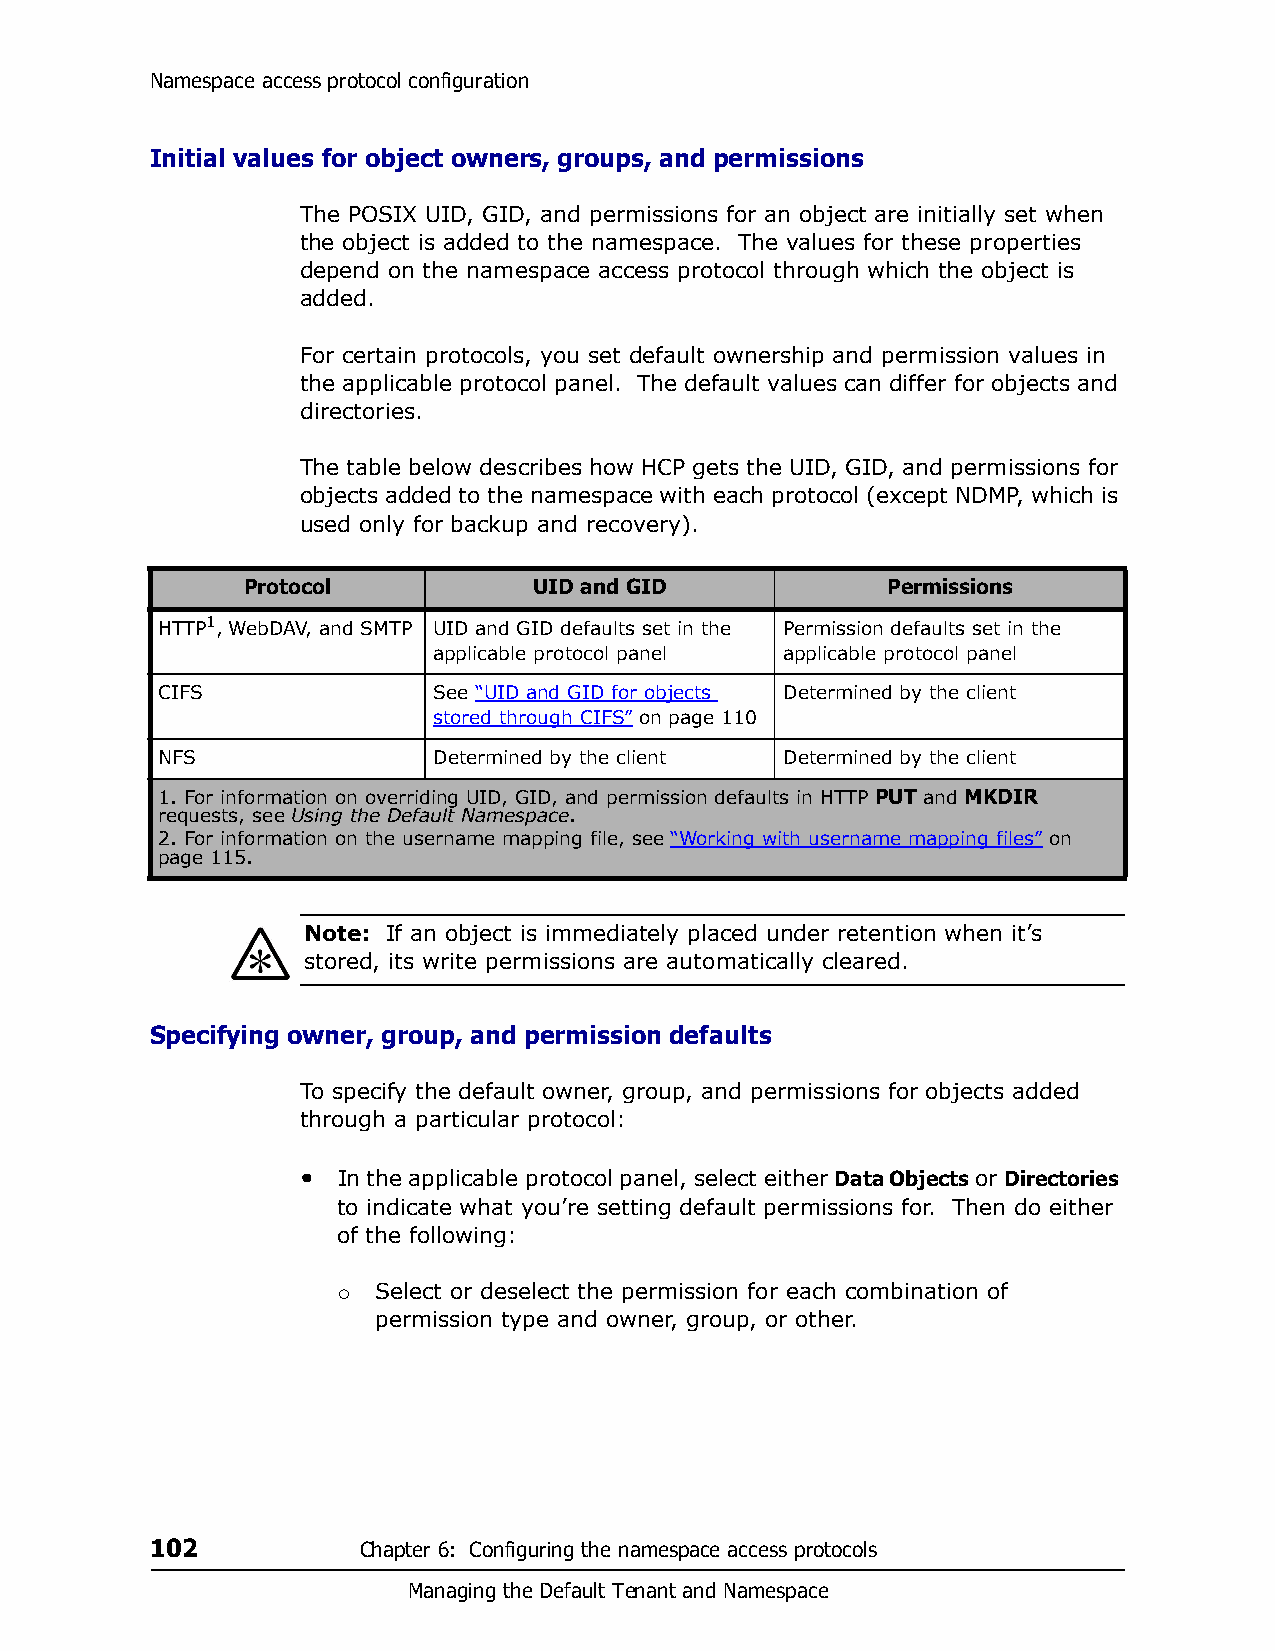
Namespace access protocol configuration
 Initial values for object owners, groups, and permissions
 The POSIX UID, GID, and permissions for an object are initially set when
 the object is added to the namespace. The values for these properties
 depend on the namespace access protocol through which the object is
 added.
 For certain protocols, you set default ownership and permission values in
 the applicable protocol panel. The default values can differ for objects and
 directories.
 The table below describes how HCP gets the UID, GID, and permissions for
 objects added to the namespace with each protocol (except NDMP, which is
 used only for backup and recovery).
 Protocol           UID and GID             Permissions
 HTTP1, WebDAV, and SMTP UID and GID defaults set in the Permission defaults set in the
 applicable protocol panel applicable protocol panel
 CIFS               See “UID and GID for objects Determined by the client
 stored through CIFS” on page 110
 NFS                Determined by the client Determined by the client
 1. For information on overriding UID, GID, and permission defaults in HTTP PUT and MKDIR
 requests, see Using the Default Namespace.
 2. For information on the username mapping file, see “Working with username mapping files” on
 page 115.
 Note: If an object is immediately placed under retention when it’s
 stored, its write permissions are automatically cleared.
 Specifying owner, group, and permission defaults
 To specify the default owner, group, and permissions for objects added
 through a particular protocol:
 • In the applicable protocol panel, select either Data Objects or Directories
 to indicate what you’re setting default permissions for. Then do either
 of the following:
 Select or deselect the permission for each combination of
 
 permission type and owner, group, or other.
 102           Chapter 6: Configuring the namespace access protocols
 Managing the Default Tenant and Namespace